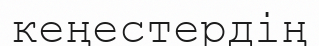
кеңестердің